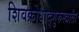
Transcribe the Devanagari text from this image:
शिवक्रोधाद्गुरुस्त्राता